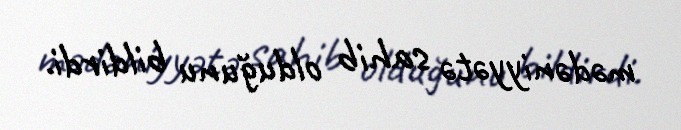
mədəniyyətə sahib olduğunu bildirdi.